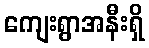
ကျေးရွာအနီးရှိ